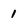
Character: 1